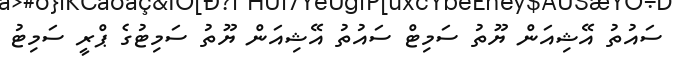
ސައުތު އޭޝިއަން ޔޫތު ސަމިޓް ސައުތު އޭޝިއަން ޔޫތު ސަމިޓުގެ ޕްރީ ސަމިޓު